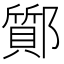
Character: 𨟊